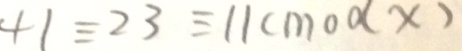
4 1 \equiv 2 3 \equiv 1 1 ( m o d x )